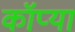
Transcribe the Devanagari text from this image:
कॉप्या